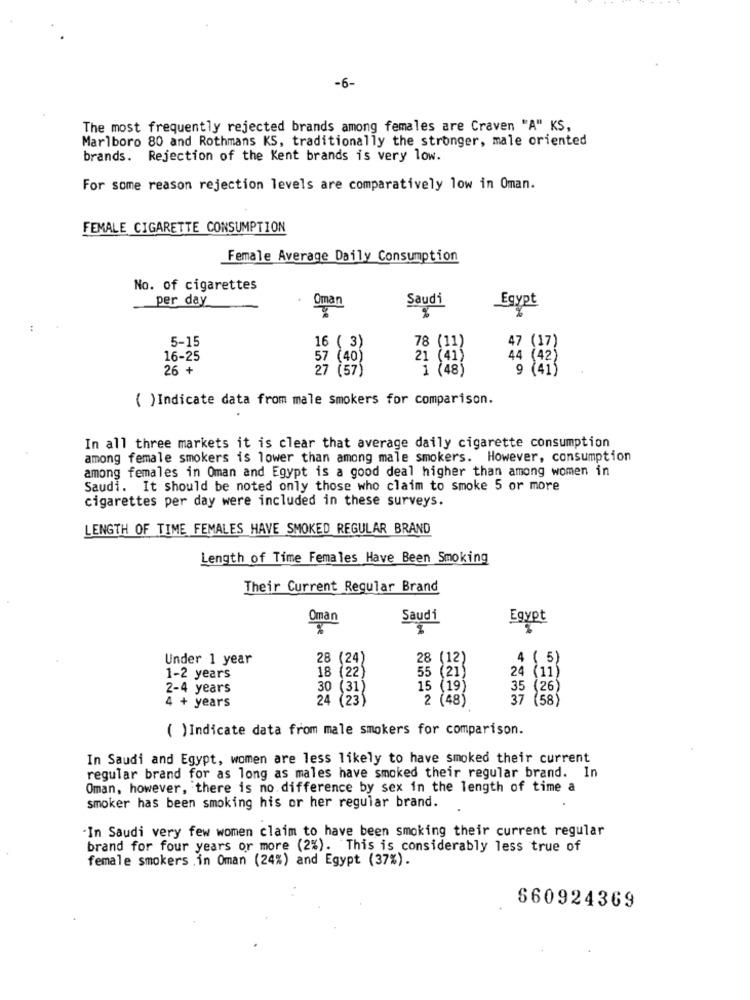
-6-
The most frequently rejected brands among females are Craven "A" KS,
Marlboro 80 and Rothmans KS, traditionally the stronger, male oriented
brands. Rejection of the Kent brands is very low.
For some reason rejection levels are comparatively low in Oman.
FEMALE CIGARETTE CONSUMPTION
Female Average Daily Consumption
No. of cigarettes
per day
Oman
Saudi
%
Egypt
:
5-15
16 ( 3)
78 (11)
47 (17)
16-25
57 (40)
21 (453
26 +
27 (57)
1 (48
( )Indicate data from male smokers for comparison.
In all three markets it is clear that average daily cigarette consumption
among female smokers is lower than among male smokers. However, consumption
among females in Oman and Egypt is a good deal higher than among women in
Saudi. It should be noted only those who claim to smoke 5 or more
cigarettes per day were included in these surveys.
LENGTH OF TIME FEMALES HAVE SMOKED REGULAR BRAND
Length of Time Females Have Been Smoking
Their Current Regular Brand
Oman
Saudi
Egypt
Under 1 year
28 (24)
28
(12)
4 ( 5)
1-2 years
18 (22)
55 (21)
24 (11)
2-4 years
30 (31)
15 (19
35 (26)
4 + years
24 (23)
2 (48)
37 (58)
( )Indicate data from male smokers for comparison.
In Saudi and Egypt, women are less likely to have smoked their current
regular brand for as long as males have smoked their regular brand. In
Oman, however, there is no difference by sex in the length of time a
smoker has been smoking his or her regular brand.
In Saudi very few women claim to have been smoking their current regular
brand for four years or more (2%). This is considerably less true of
female smokers .in Oman (24%) and Egypt (37%).
660924369